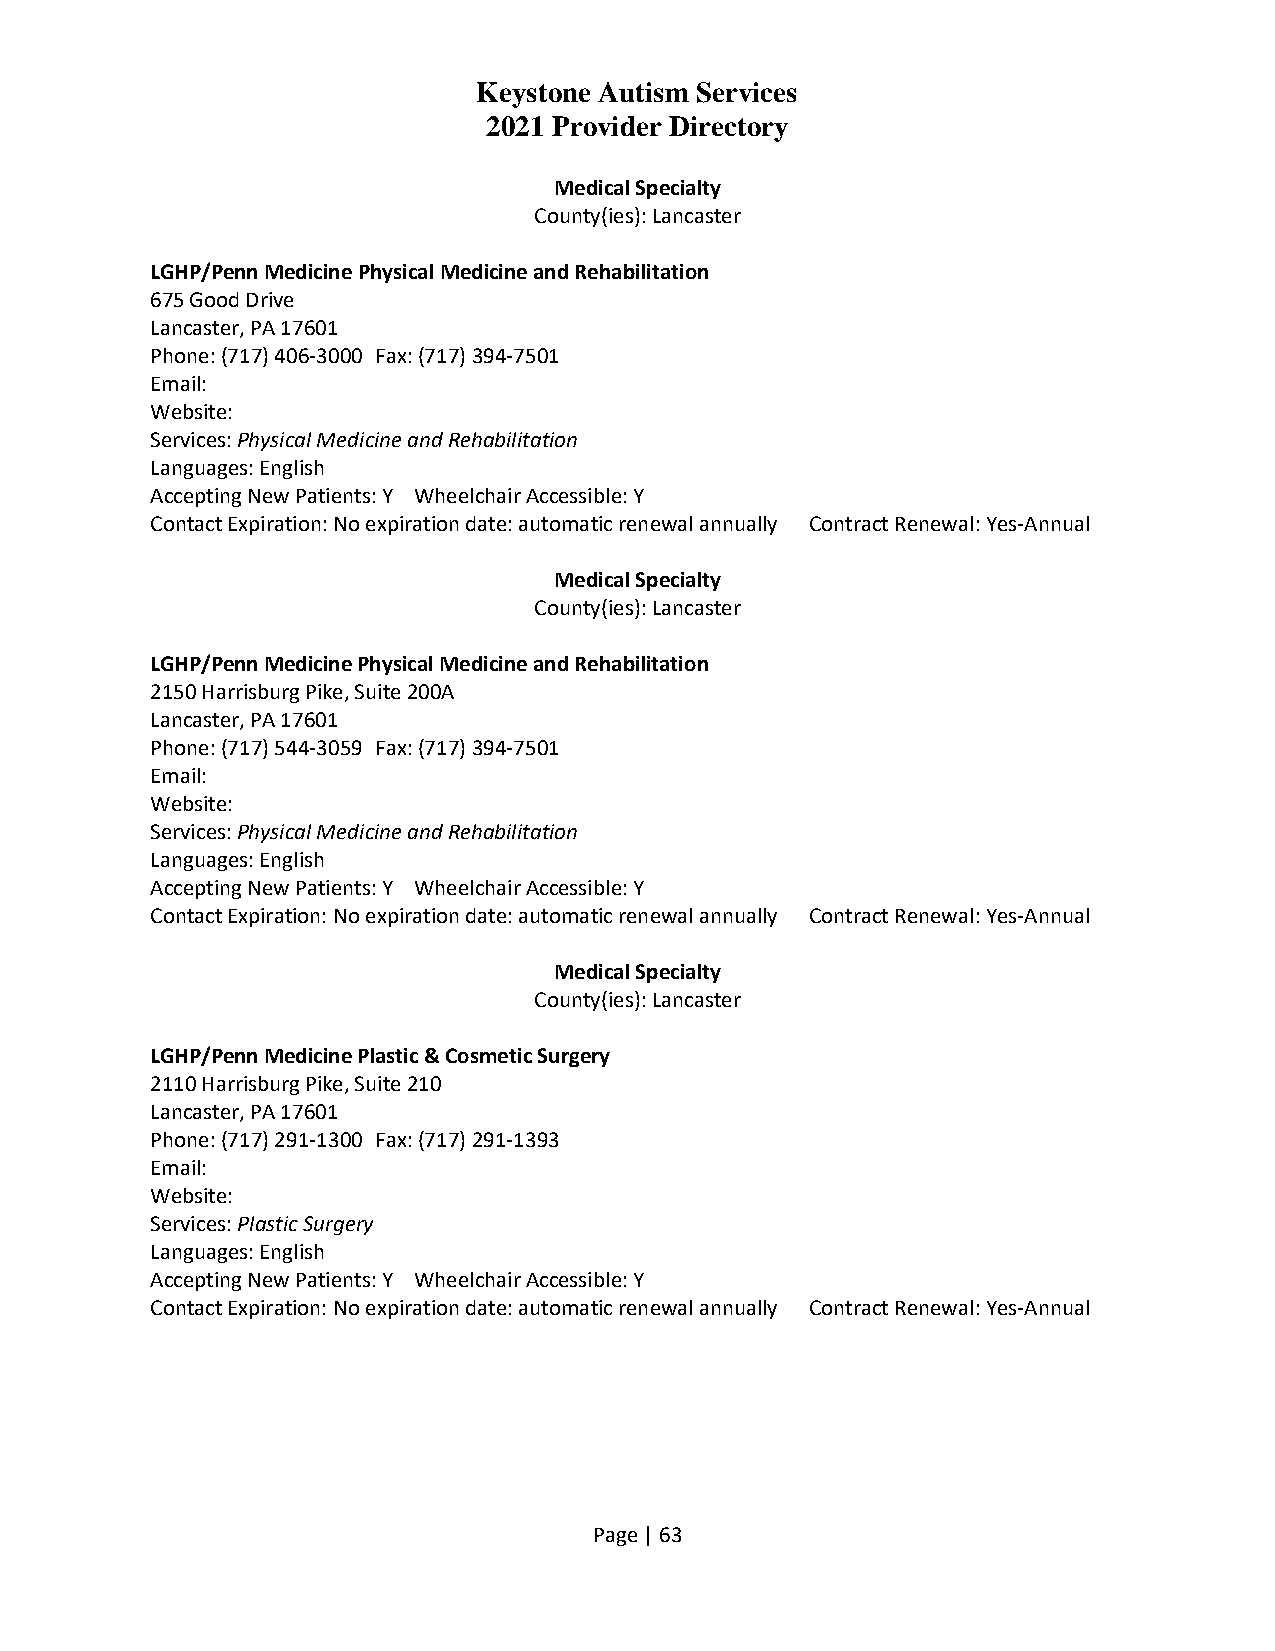
Keystone Autism Services
 2021 Provider Directory
 Medical Specialty
 County(ies): Lancaster
 LGHP/Penn Medicine Physical Medicine and Rehabilitation
 675 Good Drive
 Lancaster, PA 17601
 Phone: (717) 406-3000 Fax: (717) 394-7501
 Email:
 Website:
 Services: Physical Medicine and Rehabilitation
 Languages: English
 Accepting New Patients: Y Wheelchair Accessible: Y
 Contact Expiration: No expiration date: automatic renewal annually Contract Renewal: Yes-Annual
 Medical Specialty
 County(ies): Lancaster
 LGHP/Penn Medicine Physical Medicine and Rehabilitation
 2150 Harrisburg Pike, Suite 200A
 Lancaster, PA 17601
 Phone: (717) 544-3059 Fax: (717) 394-7501
 Email:
 Website:
 Services: Physical Medicine and Rehabilitation
 Languages: English
 Accepting New Patients: Y Wheelchair Accessible: Y
 Contact Expiration: No expiration date: automatic renewal annually Contract Renewal: Yes-Annual
 Medical Specialty
 County(ies): Lancaster
 LGHP/Penn Medicine Plastic & Cosmetic Surgery
 2110 Harrisburg Pike, Suite 210
 Lancaster, PA 17601
 Phone: (717) 291-1300 Fax: (717) 291-1393
 Email:
 Website:
 Services: Plastic Surgery
 Languages: English
 Accepting New Patients: Y Wheelchair Accessible: Y
 Contact Expiration: No expiration date: automatic renewal annually Contract Renewal: Yes-Annual
 Page | 63